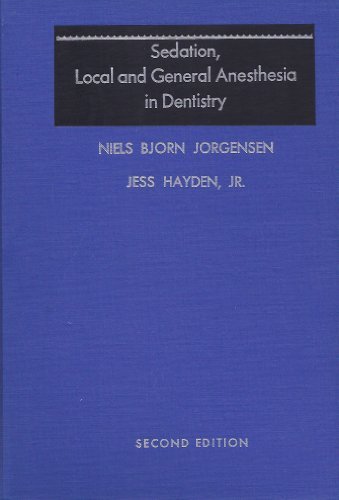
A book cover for Sedation: Local and General Anesthesia in Dentistry; Niels B. Jorgensen; Medical Books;